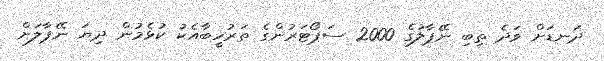
ދަނޑަށް ވަދެ ތިބި ނޭޕާލުގެ 2000 ސަޕޯޓަރުންގެ ތަރުހީބާއެކު ކުޅެމުން ދިޔަ ނޭޕާލަށް